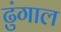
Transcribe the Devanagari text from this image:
ढुंगाल